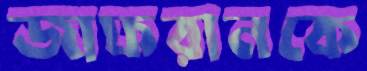
জাফরানকে